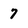
Character: 7